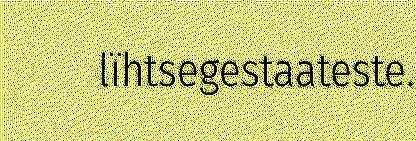
lïhtsegestaateste.